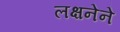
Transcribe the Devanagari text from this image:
लक्षनेने